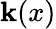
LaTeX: \mathbf{k}(x)